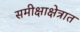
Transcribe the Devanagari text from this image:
समीक्षाक्षेत्रात